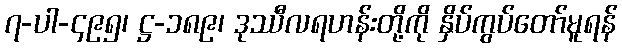
၇-ပါ-၄၉၅၊ ဋ္ဌ-၁၈၉၊ ဒုဿီလရဟန်းတို့ကို နှိပ်ကွပ်တော်မူရန်